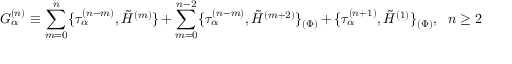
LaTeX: G _ { \alpha } ^ { ( n ) } \equiv \sum _ { m = 0 } ^ { n } \{ \tau _ { \alpha } ^ { ( n - m ) } , \tilde { H } ^ { ( m ) } \} + \sum _ { m = 0 } ^ { n - 2 } \{ \tau _ { \alpha } ^ { ( n - m ) } , \tilde { H } ^ { ( m + 2 ) } \} _ { ( \Phi ) } + \{ \tau _ { \alpha } ^ { ( n + 1 ) } , \tilde { H } ^ { ( 1 ) } \} _ { ( \Phi ) } , ~ ~ n \geq 2